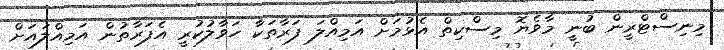
މިނިސްޓްރީން ބުނީ މާވެޔޮ މިސްކިތް އެޅުމަށް އަމިއްލަ ފަރާތަކާ ހަވާލުކުރީ އެފަރާތުން އަމިއްލައަށް